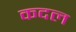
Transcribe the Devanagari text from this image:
कदल